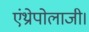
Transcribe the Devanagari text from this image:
एंथ्रोपोलाजी।